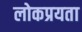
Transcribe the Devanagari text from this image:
लोकप्रयता